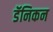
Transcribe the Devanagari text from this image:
डॅनिकन